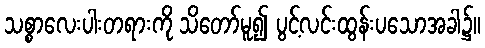
သစ္စာလေးပါးတရားကို သိတော်မူ၍ ပွင့်လင်းထွန်းပသောအခါ၌။